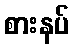
စားနပ်